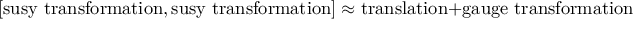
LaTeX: { } [ \mathrm { s u s y \ t r a n s f o r m a t i o n } , \mathrm { s u s y \ t r a n s f o r m a t i o n } ] \approx \mathrm { t r a n s l a t i o n } + \mathrm { g a u g e \ t r a n s f o r m a t i o n }